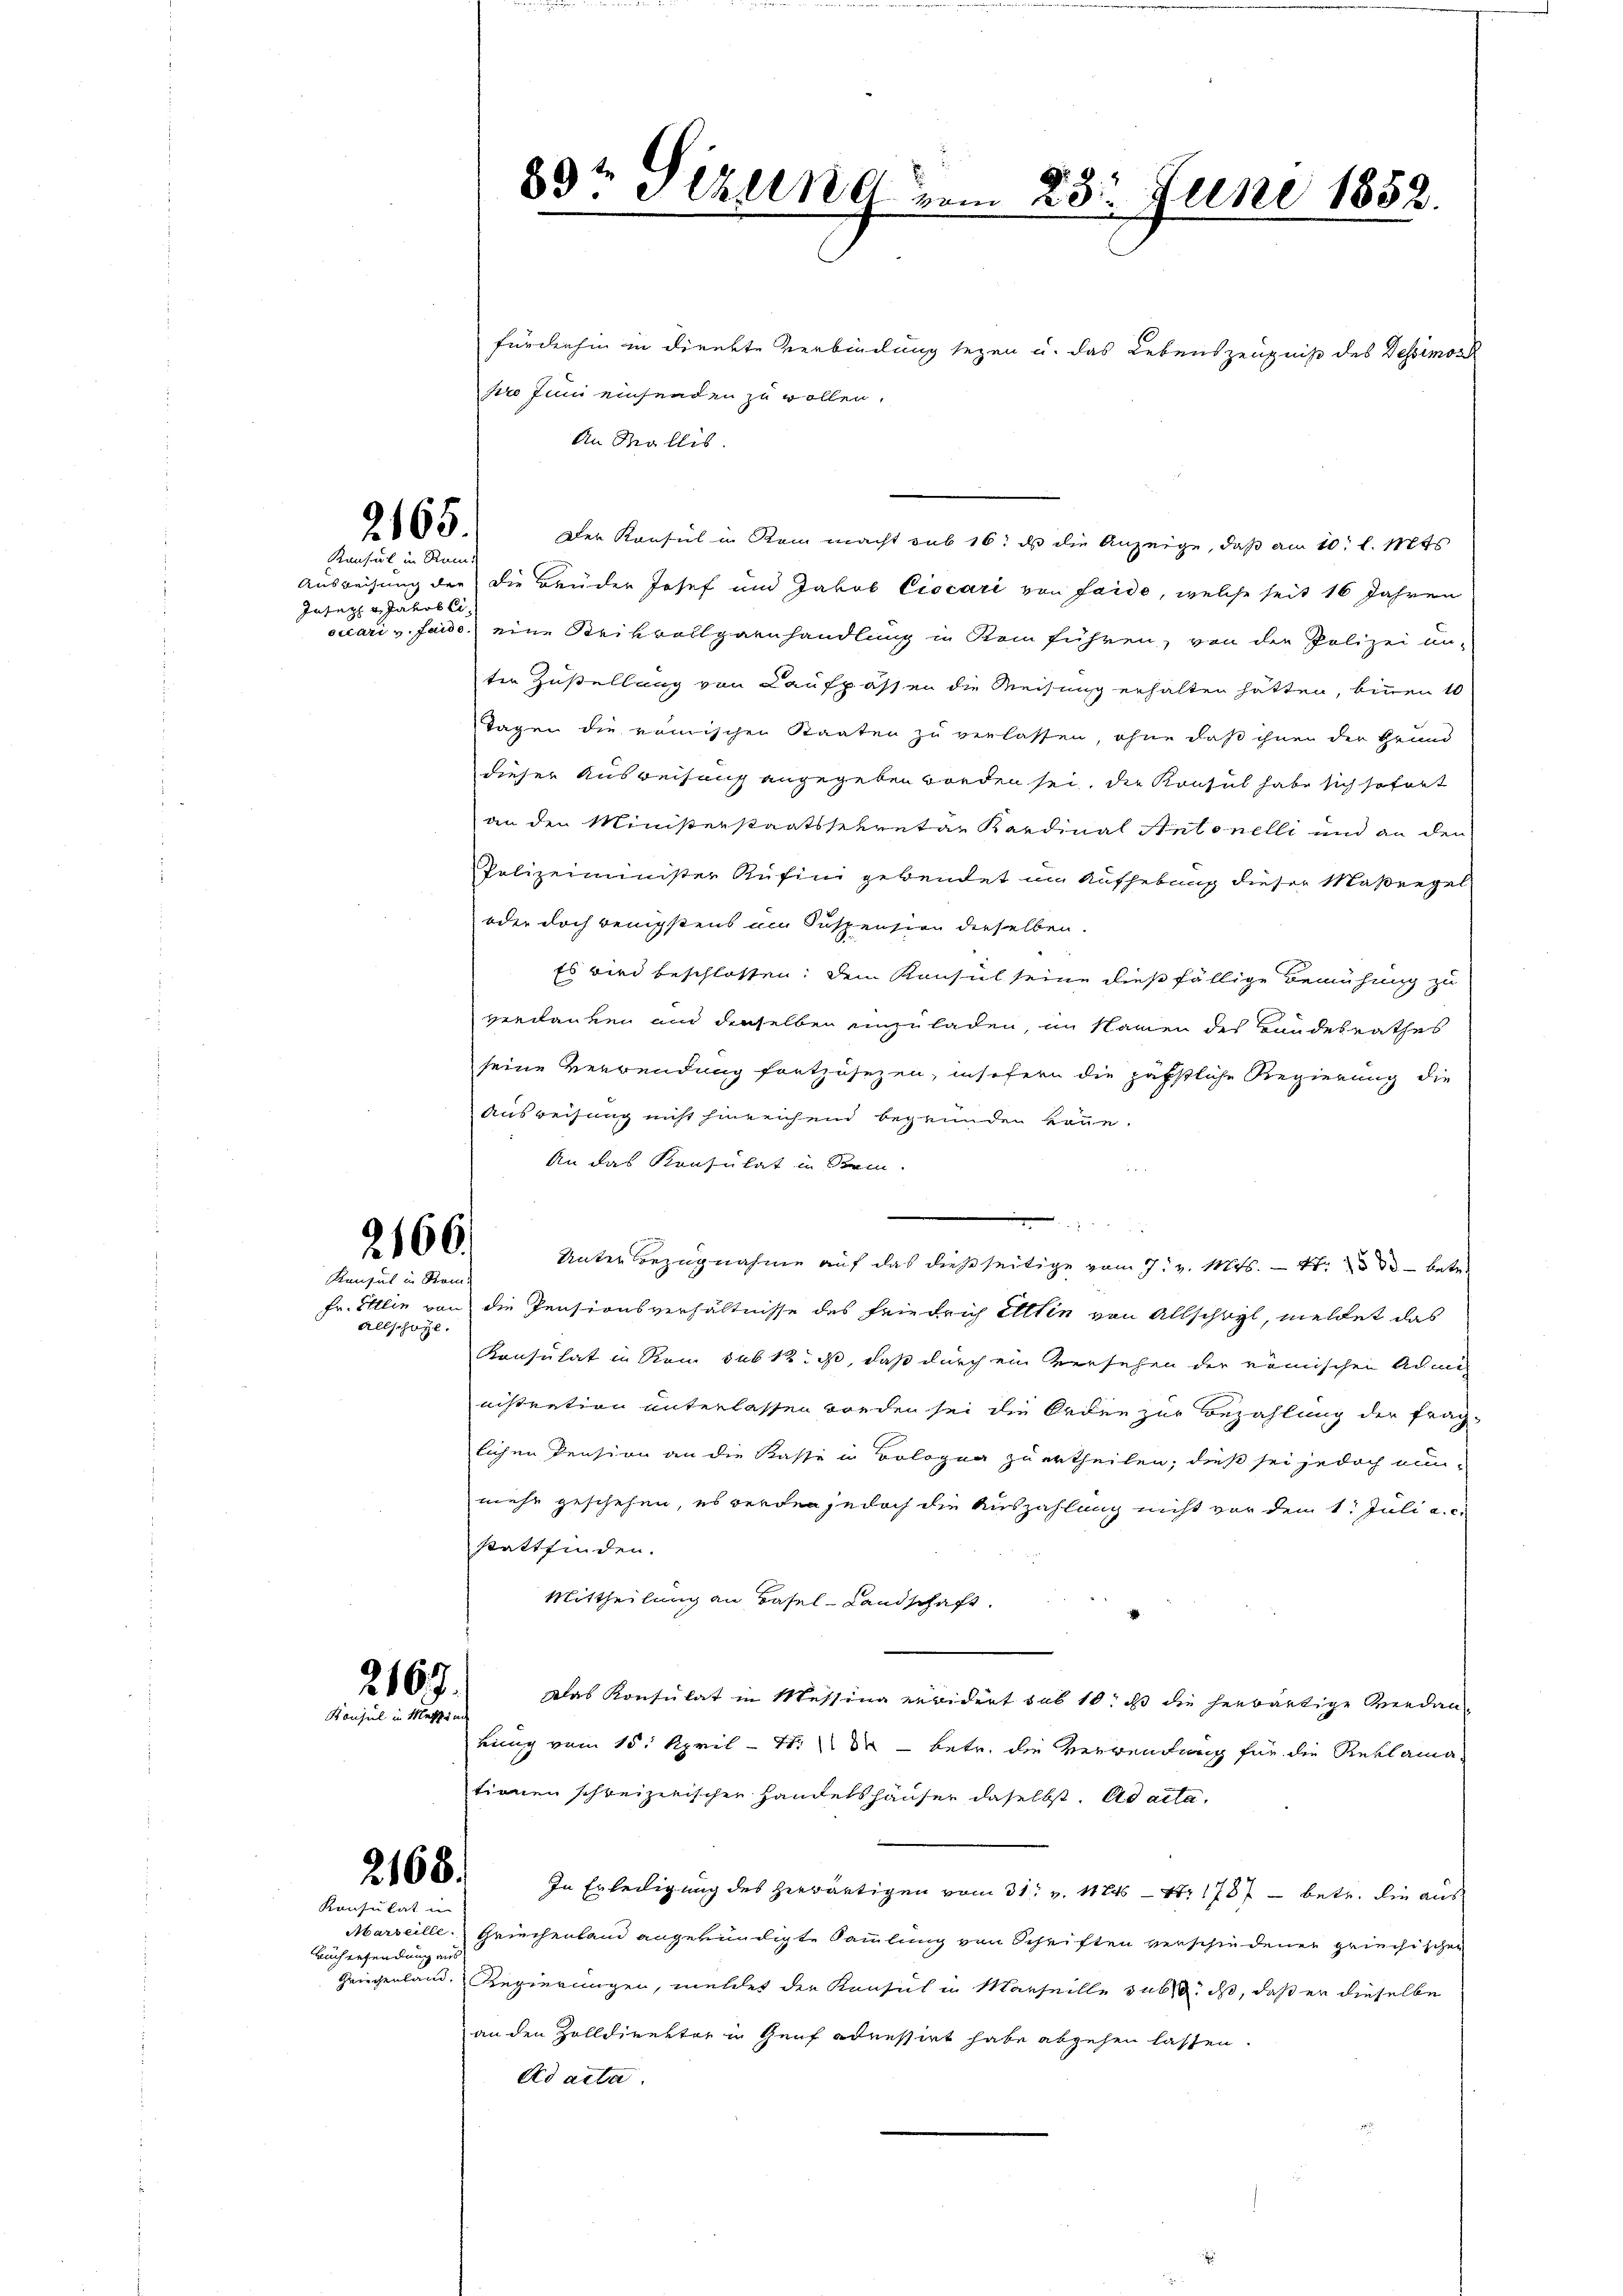
2165.
Konsul in Rei

Inter v. Jakob li¬

2166.

Konsul in Rom
Allschaft.

216.
Konsul in Messen

fürdenhin in direkte Verbindung seyen u. das Lebenszeugniß des Dessimor
pro Juni einsenden zu wollen.
An Wallis
Der Konsul in Kein macht sub 16t ds die Anzeige, daß am 10. l. Mts
Ausweisung der die Brüder Josef und Jakob Ciocari von faide, welche seit 16 Jahren
ocari v. fando eine Strikvollgaenhandlung in kein führen, von die Polizei un-
ter Zustellung von Kaufpassen die Weisung erhalten hätten, binnen 10
Tagen die römischen Staaten zu verlassen, ohne daß ihnen der Grund-
dieser Ausweisung angegeben worden sei. Die Konsul habe sich sofort
an den Ministerstaatssekretär Kardinal Antonelli und an den
Polizeiminister Rüfini gebendet um Aufhebung dieser Maßregel-
oder doch benigstens am Suspension derselben.
Es wird beschlossen; dem Konsul seine dießfällige Bemühung zu
verdanken und derselben unzuladen, im Namen des Handesrathes
seine Verwendung fortzusezen, insofern die päpstliche Regierung die
Ausreisung nicht hinreichend begründen könne.
An das Konsulat in Rein.
e
8
Unterbezugnahme auf das dießseitige vom 7. v. Mts. — 1. 23 33 betr.
Fr. Ellin von die Pensionsverhältnisse des Friedrich Alten von Allschwyl, meldet das
Konsulat in Rom sub 12. a, daß durch ein Versehen der römischen Administration unterlassen worden sei die Orden zur Bezahlung der fraglichen Pension an die Kasse in Bologna zu ertheilen; dieß sei jedoch ein-
mehr geschehen, es werden jedoch die Auszahlung nicht vor dem 1. Juli a. c.
stattfinden.
Mittheilung an Basel-Landschaft.
Das Konsulat in Messina erwidert sub 10. ds die herwärtige Verdanbung vom 15. April - 7. dr betr. die Verwendung für die Reklama-
tionen schweizerischen Handelshäuser daselbst. ad acta.
In Erledigung des herwärtigen vom 31. v. 11845 — Nr 1787 - betr. die aus
Griechenland angekündigte Sammlung von Schriften verschiedenen griechischen
Griegenland. Regierungen, meldet der Konsul in Marseille sub ist, daß er dieselbe
an den Zolldirekter in Genf adressirt habe abgehen lassen.
Ad acta

2168.

Konsulat in
Marseille.
Büchersendung aus

83t Sizung vom 23. Juni 1852.